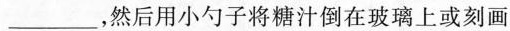
____，然后用小勺子将糖汁倒在玻璃上或刻画